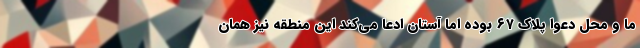
ما و محل دعوا پلاک ۶۷ بوده اما آستان ادعا می‌کند این منطقه نیز همان